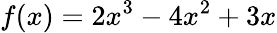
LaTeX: f(x)=2x^{3}-4x^{2}+3x